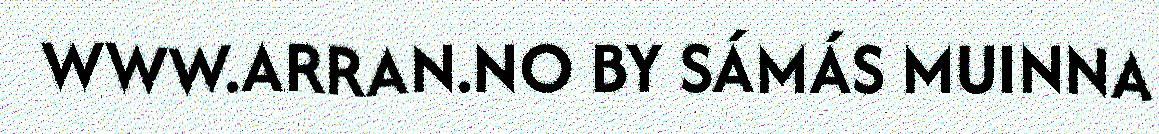
WWW.ARRAN.NO BY SÁMÁS MUINNA